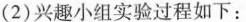
(2)兴趣小组实验过程如下：